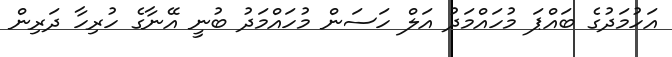
އަހުމަދުގެ ބައްޕަ މުހައްމަދު އަލް ހަސަން މުހައްމަދު ބުނީ އޭނާގެ ހުރިހާ ދަރިން